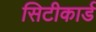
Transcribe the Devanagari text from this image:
सिटीकार्ड